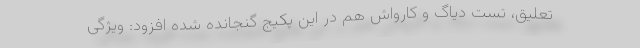
تعلیق، تست دیاگ و کارواش هم در این پکیج گنجانده شده افزود: ویژگی